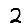
Digit: 2